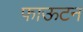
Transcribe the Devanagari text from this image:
फाऊटन